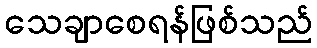
သေချာစေရန်ဖြစ်သည်